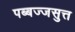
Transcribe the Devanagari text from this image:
पब्बज्जसुत्त